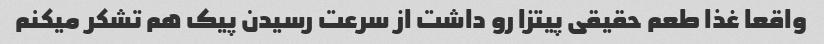
واقعا غذا طعم حقیقی پیتزا رو داشت از سرعت رسیدن پیک هم تشکر میکنم